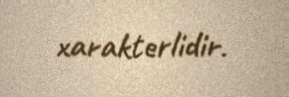
xarakterlidir.